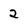
Character: 2